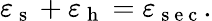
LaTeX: \varepsilon_{\mathrm{~s~}}+\varepsilon_{\mathrm{~h~}}=\varepsilon_{\mathrm{~s~e~c~}}.